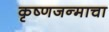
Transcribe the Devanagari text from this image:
कृष्णजन्माचा